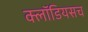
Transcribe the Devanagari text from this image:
क्लॉडियसच